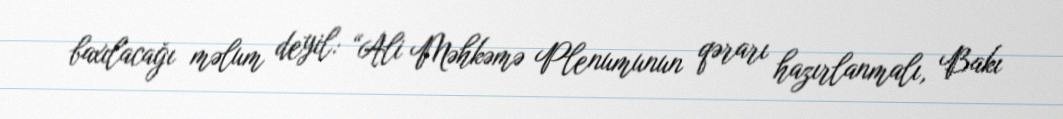
baxılacağı məlum deyil: “Ali Məhkəmə Plenumunun qərarı hazırlanmalı, Bakı